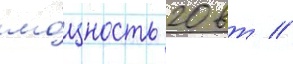
мо́щность 20 вт //